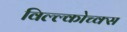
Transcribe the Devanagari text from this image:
विल्ल्कोच्क्स